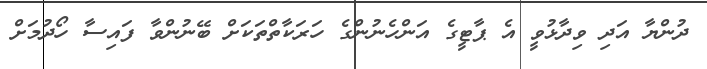
ދުންޔާ އަދި ވިދާޅުވީ އެ ޕާޓީގެ އަންހެނުންގެ ހަރަކާތްތަކަށް ބޭނުންވާ ފައިސާ ހޯދުމަށް